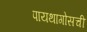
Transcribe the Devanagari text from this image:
पायथागोसची